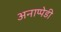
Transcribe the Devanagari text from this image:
अनाप्पेडी